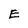
Character: E